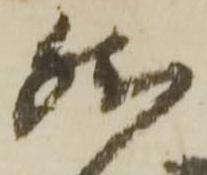
然